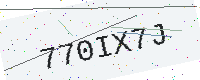
Text: 770IX7J